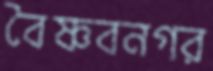
বৈষ্ণবনগর